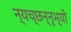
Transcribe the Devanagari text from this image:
न्यच्छन्नृभ्यो